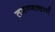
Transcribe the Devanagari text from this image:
तमण्णाचार्य